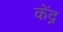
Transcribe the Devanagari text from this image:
केंद्र